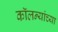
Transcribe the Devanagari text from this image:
कॉलन्यांच्या